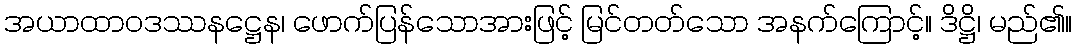
အယာထာဝဒဿနဋ္ဌေန၊ ဖောက်ပြန်သောအားဖြင့် မြင်တတ်သော အနက်ကြောင့်။ ဒိဋ္ဌိ၊ မည်၏။